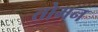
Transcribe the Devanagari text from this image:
तोमन